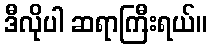
ဒီလိုပါ ဆရာကြီးရယ်။